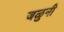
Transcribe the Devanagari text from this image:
जळुनी